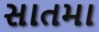
સાતમા